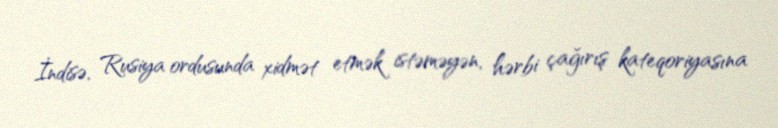
İndisə, Rusiya ordusunda xidmət etmək istəməyən, hərbi çağırış kateqoriyasına